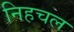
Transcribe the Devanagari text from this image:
निहचल